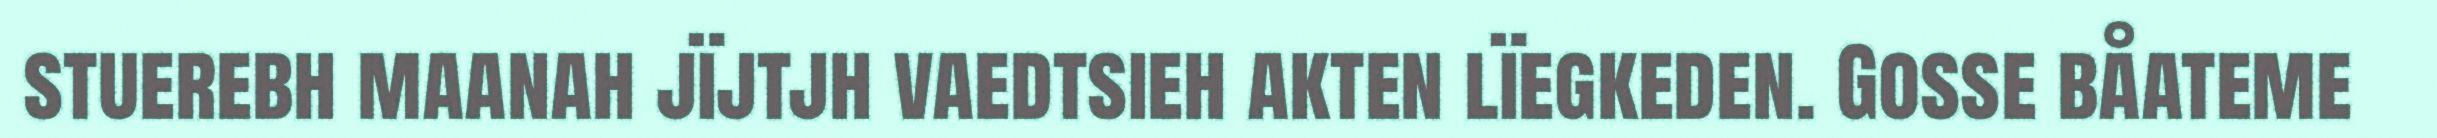
stuerebh maanah jïjtjh vaedtsieh akten lïegkeden. Gosse båateme